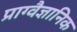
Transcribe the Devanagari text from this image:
प्राग्वैज्ञानिक